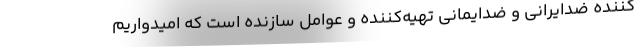
کننده ضدایرانی و ضدایمانی تهیه‌کننده و عوامل سازنده است که امیدواریم